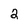
Character: 2